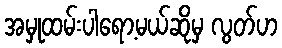
အမှုထမ်းပါရော့မယ်ဆိုမှ လွတ်ဟ